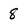
Character: 8